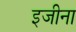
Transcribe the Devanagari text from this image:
इजीना